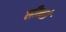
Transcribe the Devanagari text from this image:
लीन्हो